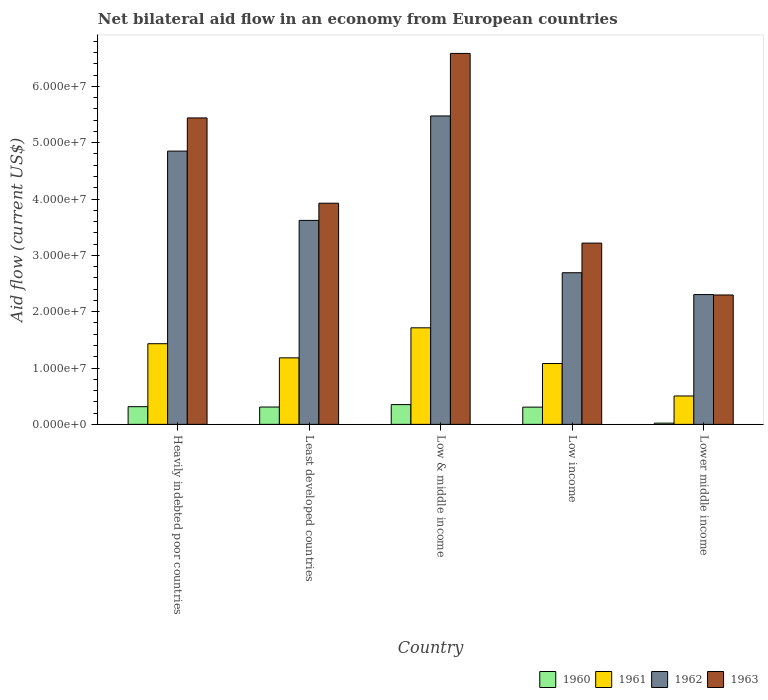
| Country | 1960 | 1961 | 1962 | 1963 |
 | --- | --- | --- | --- | --- |
 | Heavily indebted poor countries | 3.14e+06 | 1.43e+07 | 4.85e+07 | 5.44e+07 |
 | Least developed countries | 3.08e+06 | 1.18e+07 | 3.62e+07 | 3.93e+07 |
 | Low & middle income | 3.51e+06 | 1.71e+07 | 5.48e+07 | 6.58e+07 |
 | Low income | 3.06e+06 | 1.08e+07 | 2.69e+07 | 3.22e+07 |
 | Lower middle income | 2.2e+05 | 5.04e+06 | 2.3e+07 | 2.3e+07 |